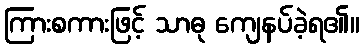
ကြားစကားဖြင့် သာဓု ကျေနပ်ခဲ့ရ၏။